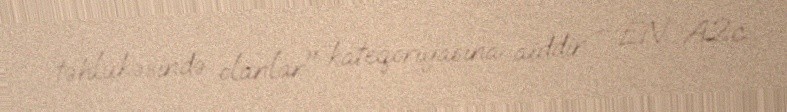
təhlükəsində olanlar" kateqoriyasına aiddir – EN A2c.